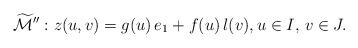
LaTeX: \begin{align*} \widetilde{\mathcal{M}}'': z(u,v) = g(u) \,e_1 + f(u)\, l(v), u \in I, \, v \in J.\end{align*}